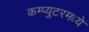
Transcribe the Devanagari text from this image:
कम्प्युटरमध्ये